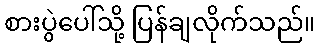
စားပွဲပေါ်သို့ ပြန်ချလိုက်သည်။